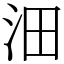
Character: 沺